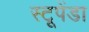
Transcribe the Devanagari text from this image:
स्टूपेंडा